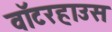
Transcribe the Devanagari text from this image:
वॉटरहाउस